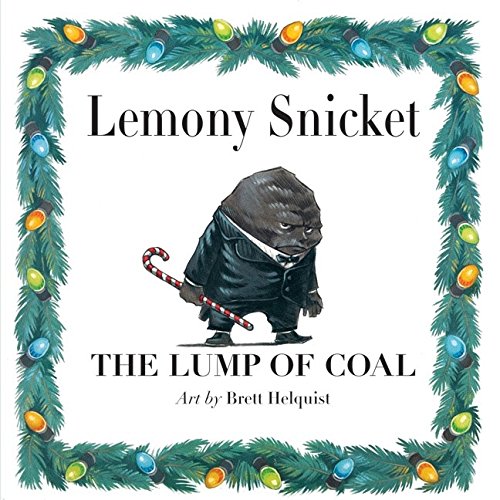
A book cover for The Lump of Coal; Lemony Snicket; Children's Books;